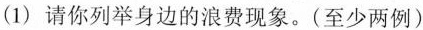
(1)请你列举身边的浪费现象。(至少两例)